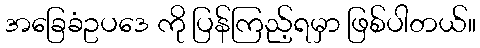
အခြေခံဥပဒေ ကို ပြန်ကြည့်ရမှာ ဖြစ်ပါတယ်။